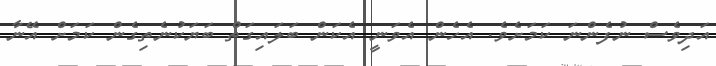
އަދިވެސް ނުފެންނަ ކަމަށެވެ. އެހެން އެވަނީ އެކަން ބަލައިގަތް ބަޔަކުނެތިގެން ކަމަށް އޭނާ